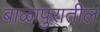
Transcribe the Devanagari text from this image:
बाळापुरातील